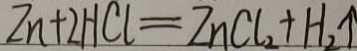
Z n + 2 H C l = Z n C l _ { 2 } + H _ { 2 } \uparrow